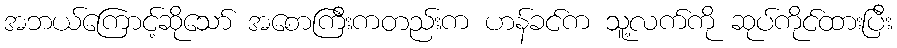
အဘယ်ကြောင့်ဆိုသော် အစောကြီးကတည်းက ဟန်ခင်က သူ့လက်ကို ဆုပ်ကိုင်ထားပြီး